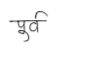
मजकूर: पुर्व